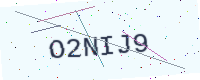
Text: O2NIJ9